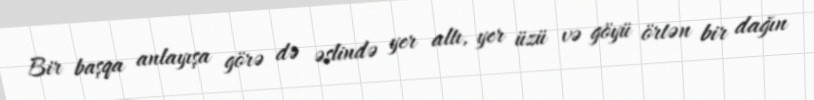
Bir başqa anlayışa görə də əslində yer altı, yer üzü və göyü örtən bir dağın